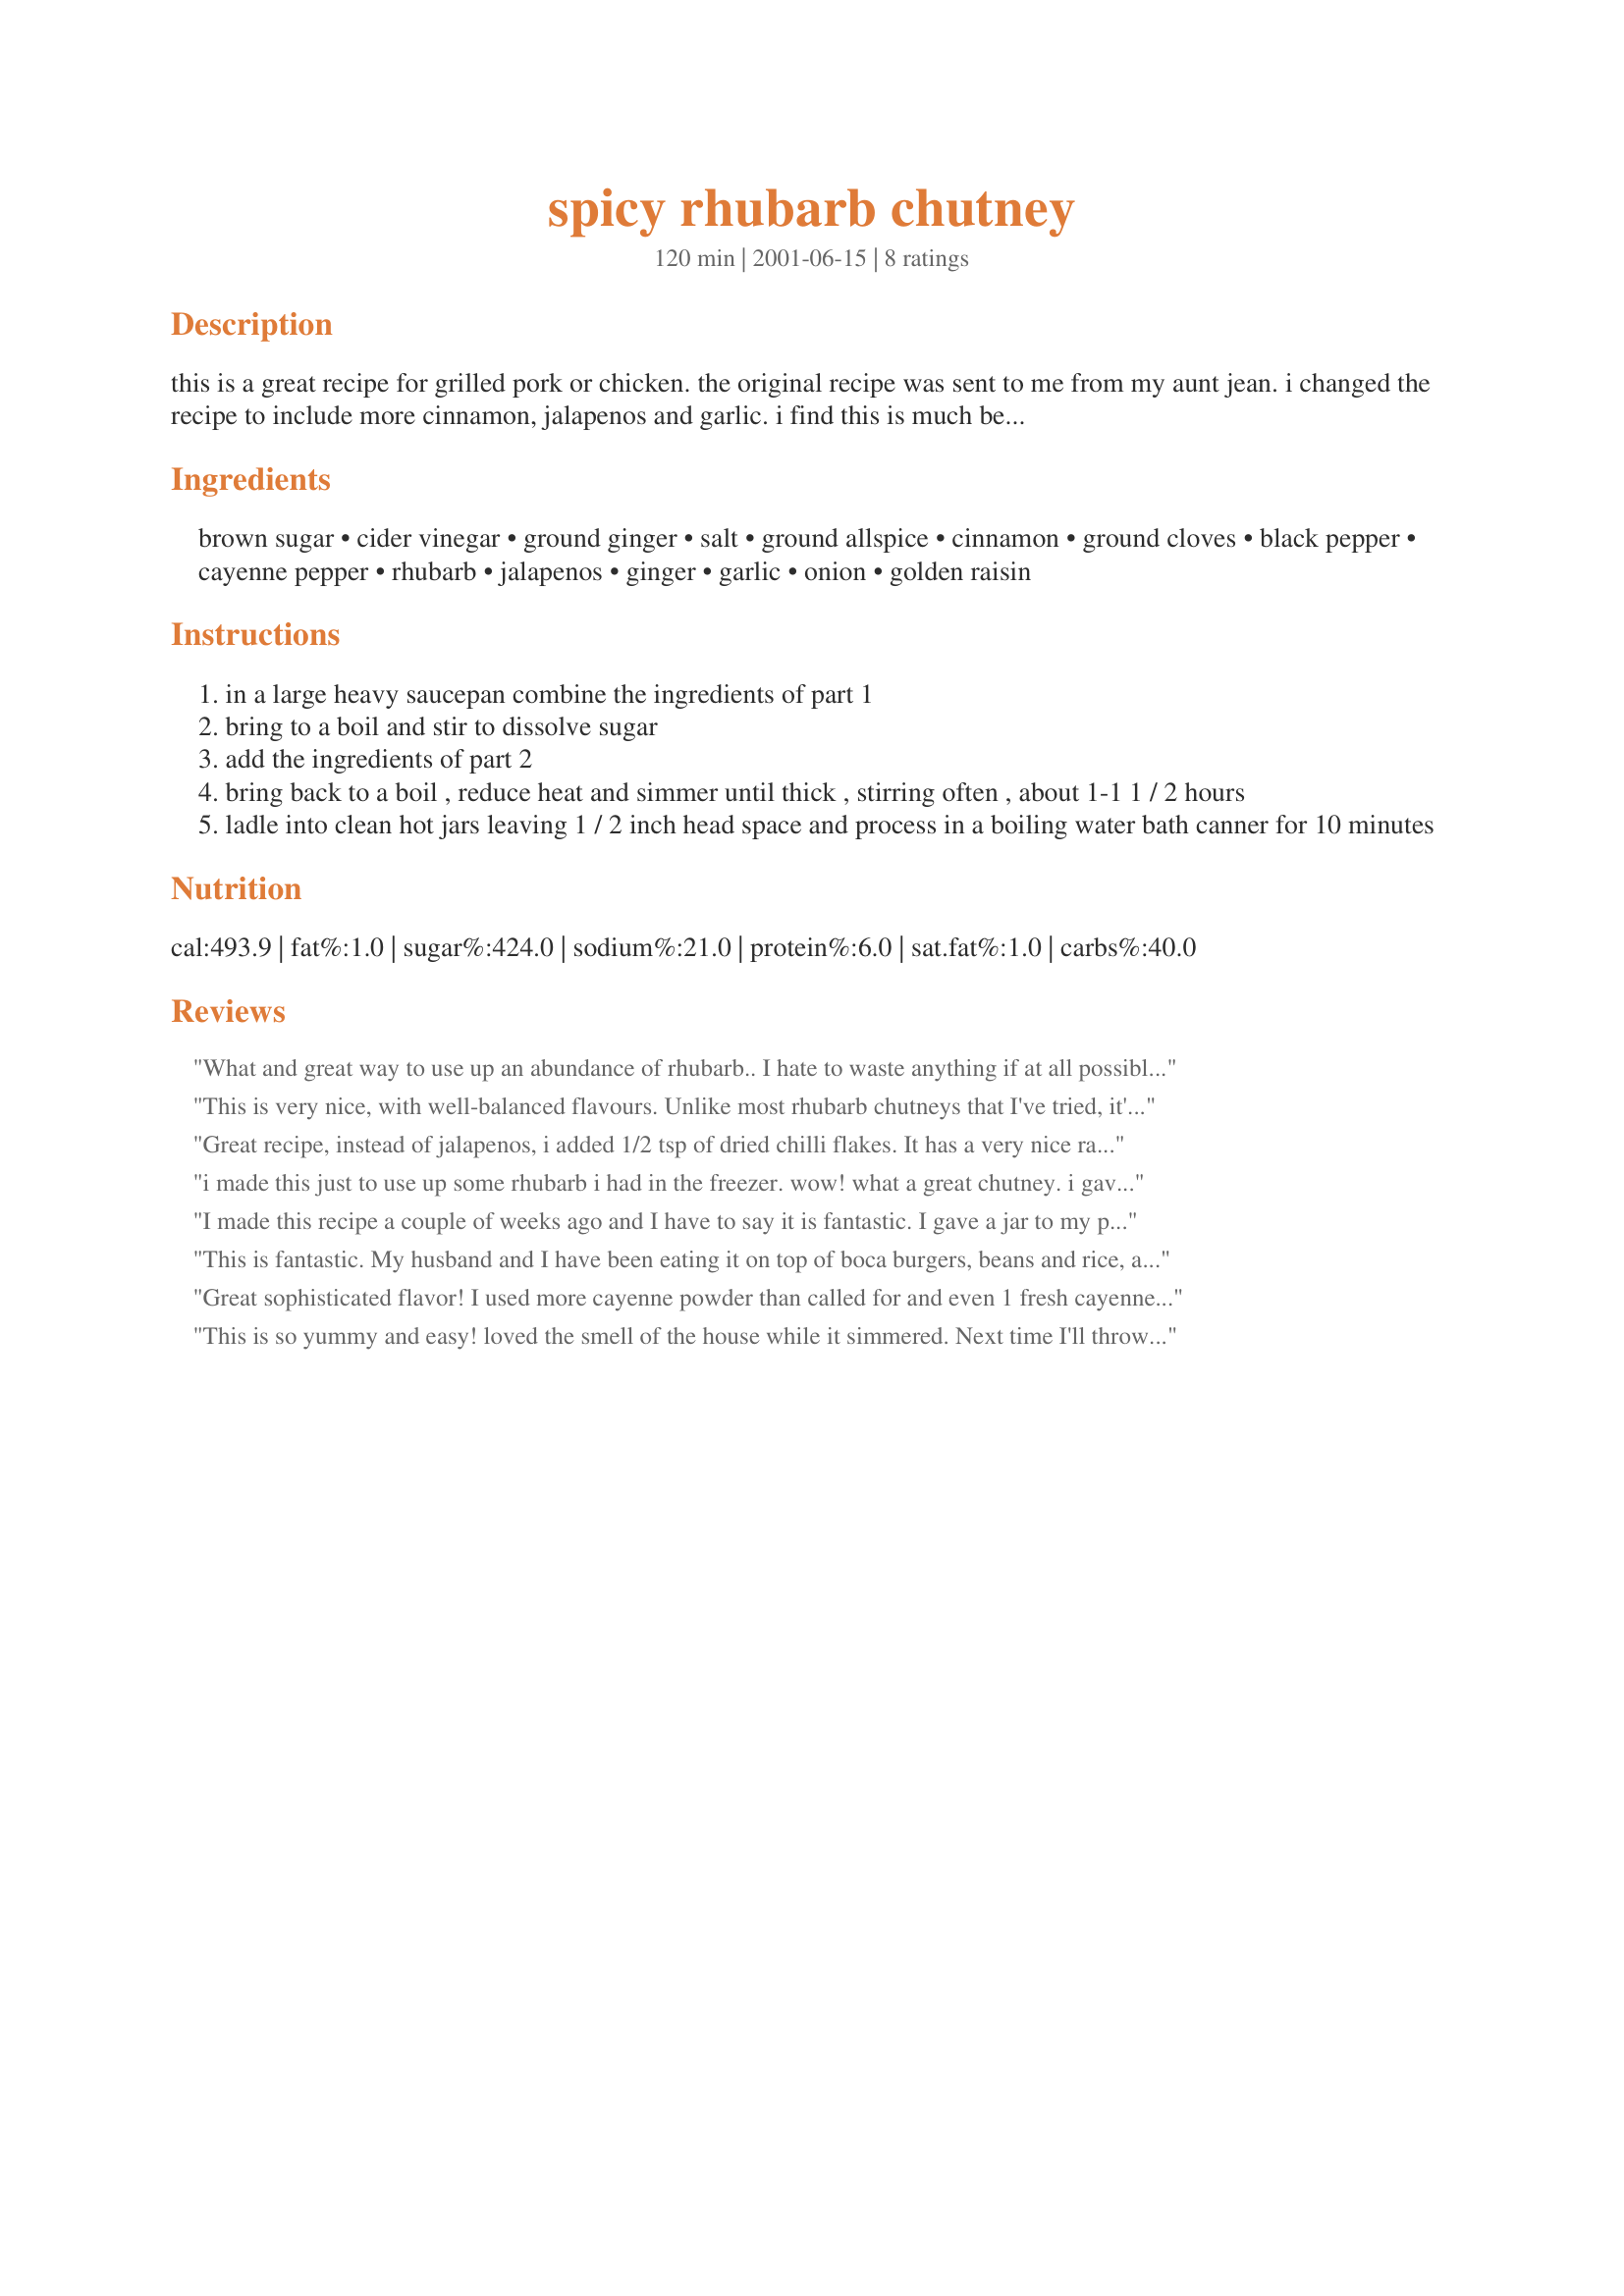
spicy rhubarb chutney
Preparation time: 120 minutes

this is a great recipe for grilled pork or chicken. the original recipe was sent to me from my aunt jean. i changed the recipe to include more cinnamon, jalapenos and garlic. i find this is much better-but if the heat scares you de seed the peppers.

Ingredients:
brown sugar, cider vinegar, ground ginger, salt, ground allspice, cinnamon, ground cloves, black pepper, cayenne pepper, rhubarb, jalapenos, ginger, garlic, onion, golden raisin

Steps:
in a large heavy saucepan combine the ingredients of part 1
bring to a boil and stir to dissolve sugar
add the ingredients of part 2
bring back to a boil , reduce heat and simmer until thick , stirring often , about 1-1 1 / 2 hours
ladle into clean hot jars leaving 1 / 2 inch head space and process in a boiling water bath canner for 10 minutes

Reviews:
What and great way to use up an abundance of rhubarb.. I hate to waste anything if at all possible.. The flavor is so different from the everyday mundane tastes.The jalapenos give it a pleasing bite for sure. I brought some out at a gathering yesterday, and it was enjoyed by all who tried it!!!! I definitely intend on making more at a later date. The recipe is so simple. Thanks DiB`s for sharing. It will go in my folder of tried and true recipes.
This is very nice, with well-balanced flavours. Unlike most rhubarb chutneys that I've tried, it's not too sweet. Next time I'll add more cayenne, since I found it quite mild.
Great recipe, instead of jalapenos, i added 1/2 tsp of dried chilli flakes. It has a very nice range of flavours and taste sensations, nice sweet then sour - with a big whack of heat coming in at the end. Fantastic !
i made this just to use up some rhubarb i had in the freezer. wow! what a great chutney. i gave it as christmas presents and i already had one comment that it was gone and do you have more? i think i forgot to add the garlic, but it was really good. excellent with cheese & crackers, or with a curry.
vanessa
I made this recipe a couple of weeks ago and I have to say it is fantastic. I gave a jar to my parents last weekend and my mom used it on pork steak. She liked it so much she made her own batch yesterday. My fiance and I used it on grilled pork chops. DELICIOUS! I will be making my second batch tonight. This is a very easy recipe to follow and the spice of the 3 jalapenos is perfect.
This is fantastic. My husband and I have been eating it on top of boca burgers, beans and rice, and even pancakes. This will be the first year that I will use all of my rhubarb!
Great sophisticated flavor! I used more cayenne powder than called for and even 1 fresh cayenne pepper. At first I thought I'd kicked it too much, but it is quickly growing on me! (I substituted currants for the raisins but won't next time)
This is so yummy and easy! loved the smell of the house while it simmered. Next time I'll throw 2 more jalapeno in because I didn't find this spicy at all, and I'll leave out the allspice and cloves as it reminded me too much of my families recipe for chili sauce with these two ingredients in it. Still very very good, and I'll be making it again next year!
